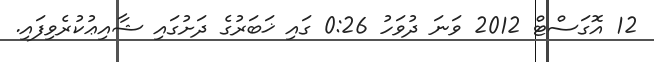
12 އޮގަސްޓް 2012 ވަނަ ދުވަހު 0:26 ގައި ޚަބަރުގެ ދަށުގައި ޝާއިޢުކުރެވިފައި.